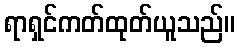
ရာရှင်ကတ်ထုတ်ယူသည်။